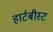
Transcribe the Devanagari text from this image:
हार्टबीस्ट